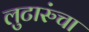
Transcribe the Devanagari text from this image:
लुटारुंचा